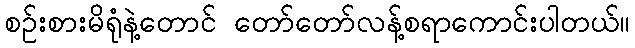
စဉ်းစားမိရုံနဲ့တောင် တော်တော်လန့်စရာကောင်းပါတယ်။